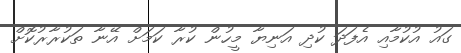
ގައު އުކުމާއި އެފަދަ ކުދި އަނިޔާ މީހުން ކުރާ ކަމަށް އޭނާ ތަކުރާރުކޮށް